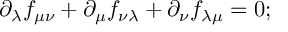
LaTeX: { \partial _ { \lambda } } f _ { \mu \nu } + { \partial _ { \mu } } f _ { \nu \lambda } + { \partial _ { \nu } } f _ { \lambda \mu } = 0 ;